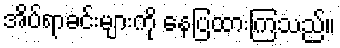
အိပ်ရာခင်းများကို နေပြထားကြသည်။